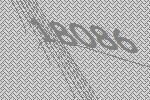
18086